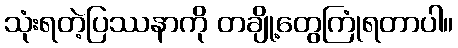
သုံးရတဲ့ပြဿနာကို တချို့တွေကြုံရတာပါ။